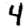
Digit: 4